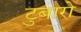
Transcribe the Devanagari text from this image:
टुबारो